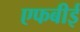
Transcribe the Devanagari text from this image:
एफबीई